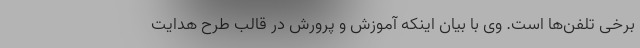
برخی تلفن‌ها است. وی با بیان اینکه آموزش و پرورش در قالب طرح هدایت